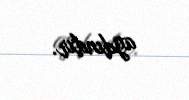
aydındır.